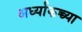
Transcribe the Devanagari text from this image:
अर्ध्याकच्च्या